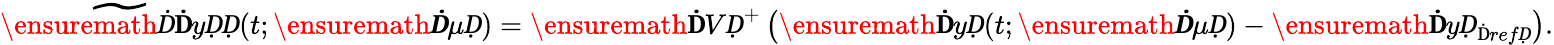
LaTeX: \widetilde{\ensuremath Ḋ\mathbf ḊyḌḌ}(t;\ensuremath{\boldsymbol Ḋ\mu Ḍ})=\ensuremath{\mathbf ḊVḌ}^{+}\left(\ensuremath{\mathbf ḊyḌ}(t;\ensuremath{\boldsymbol Ḋ\mu Ḍ})-\ensuremath{\mathbf ḊyḌ}_{\mathrm{Ḋ}refḌ}\right).